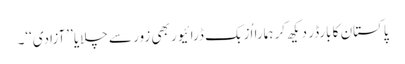
پاکستان کا بارڈر دیکھ کر ہمارا اُزبک ڈرائیور بھی زور سے چلایا ’’آزادی‘‘۔